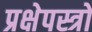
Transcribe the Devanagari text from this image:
प्रक्षेपस्त्रो